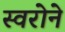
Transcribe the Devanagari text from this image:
स्वरोने